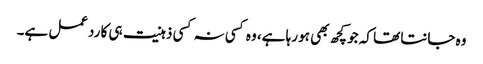
وہ جانتا تھا کہ جو کچھ بھی ہو رہا ہے، وہ کسی نہ کسی ذہنیت ہی کا ردعمل ہے۔